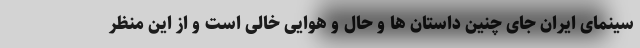
سینمای ایران جای چنین داستان ها و حال و هوایی خالی است و از این منظر